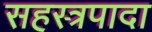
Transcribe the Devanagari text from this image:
सहस्त्रपादा